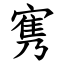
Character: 㝦